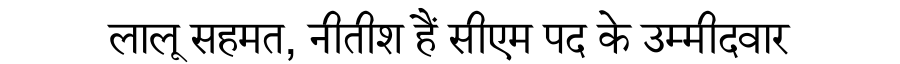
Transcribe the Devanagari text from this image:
लालू सहमत, नीतीश हैं सीएम पद के उम्मीदवार